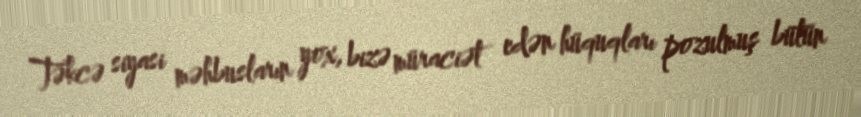
Təkcə siyasi məhbusların yox, bizə müraciət edən hüquqları pozulmuş bütün